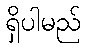
ရှိပါမည်